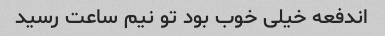
اندفعه خیلی خوب بود تو نیم ساعت رسید